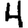
Digit: 4